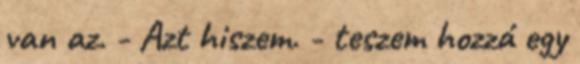
van az. - Azt hiszem. - teszem hozzá egy